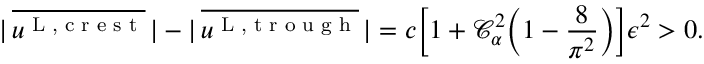
| \, \overline { { u ^ { \textnormal { L , c r e s t } } } } \, | - | \, \overline { { u ^ { \textnormal { L , t r o u g h } } } } \, | = c \bigg [ 1 + \mathcal { C } _ { \alpha } ^ { 2 } \bigg ( 1 - \frac { 8 } { \pi ^ { 2 } } \bigg ) \bigg ] \epsilon ^ { 2 } > 0 .